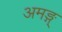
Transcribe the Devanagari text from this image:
अमङ्ग्